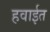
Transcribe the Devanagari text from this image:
हवाईत